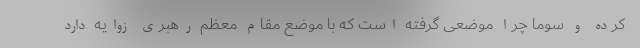
کرده و سوما چرا موضعی گرفته است که با موضع مقام معظم رهبری زوایه دارد